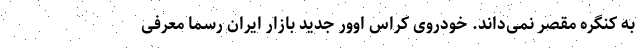
به کنگره مقصر نمی‌داند. خودروی کراس اوور جدید بازار ایران رسما معرفی